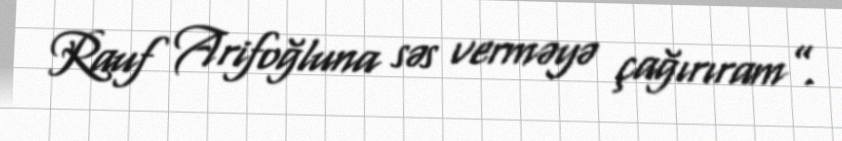
Rauf Arifoğluna səs verməyə çağırıram”.